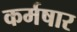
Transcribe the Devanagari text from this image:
कर्मषार